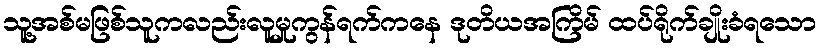
သူ့အစ်မဖြစ်သူကလည်းလူမှုကွန်ရက်ကနေ ဒုတိယအကြိမ် ထပ်ရိုက်ချိုးခံရသော